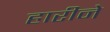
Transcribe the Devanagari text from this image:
हारीने